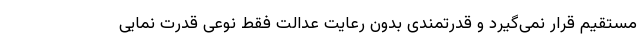
مستقیم قرار نمی‌گیرد و قدرتمندی بدون رعایت عدالت فقط نوعی قدرت نمایی